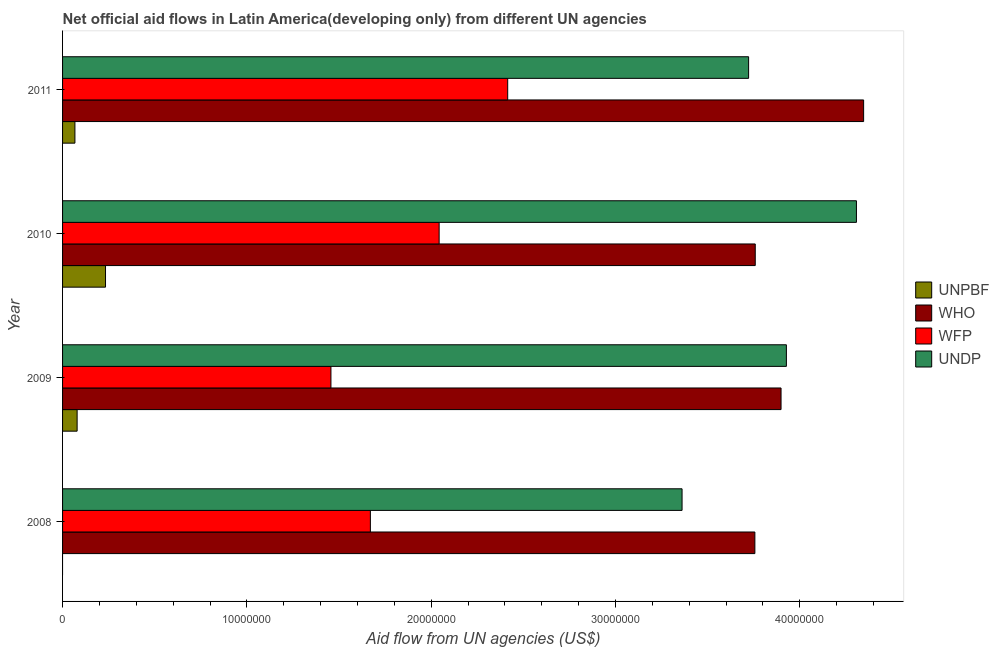
| Year | UNPBF | WHO | WFP | UNDP |
 | --- | --- | --- | --- | --- |
 | 2008 | -9e+04 | 3.76e+07 | 1.67e+07 | 3.36e+07 |
 | 2009 | 7.9e+05 | 3.9e+07 | 1.46e+07 | 3.93e+07 |
 | 2010 | 2.33e+06 | 3.76e+07 | 2.04e+07 | 4.31e+07 |
 | 2011 | 6.7e+05 | 4.35e+07 | 2.42e+07 | 3.72e+07 |